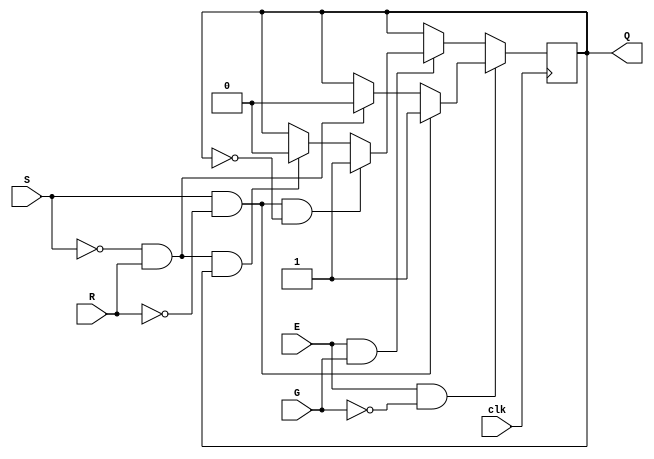
module Gated_SR_FF (
    input S, // Set input
    input R, // Reset input
    input G, // Gated signal input
    input E, // Enable signal input
    input clk, // Clock input
    output reg Q // Output state
);

always @(posedge clk) begin
    if (E && !G) begin
        if (S && !R) begin
            Q <= 1'b1; // Set output
        end else if (!S && R) begin
            Q <= 1'b0; // Reset output
        end
    end else if (E && G) begin
        if (S && !R && (Q == 1'b0)) begin
            Q <= 1'b1; // Set output
        end else if (!S && R && (Q == 1'b1)) begin
            Q <= 1'b0; // Reset output
        end
    end
end

endmodule